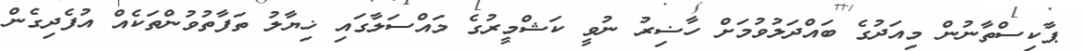
ޕާކިސްތާނުން މިއަދުގެ ބައްދަލުވުމަށް ހާޟިރު ނުވީ ކަޝްމީރުގެ މައްސަލާގައި ޚިޔާލު ތަފާތުވުންތަކެއް އުފެދިގެން